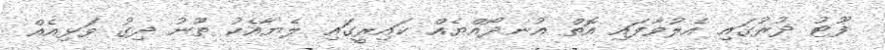
ފޫޓު ދުރުގައި އެލުވާފައި އޮތް އުނދޯއްޔެއް ކައިރީގައި ލެޔާއެކު ތޫނު ދިގު ވަޅިއެއް